Indian journal of veterinary science and animal husbandry - Volume 1,
Year: 1931
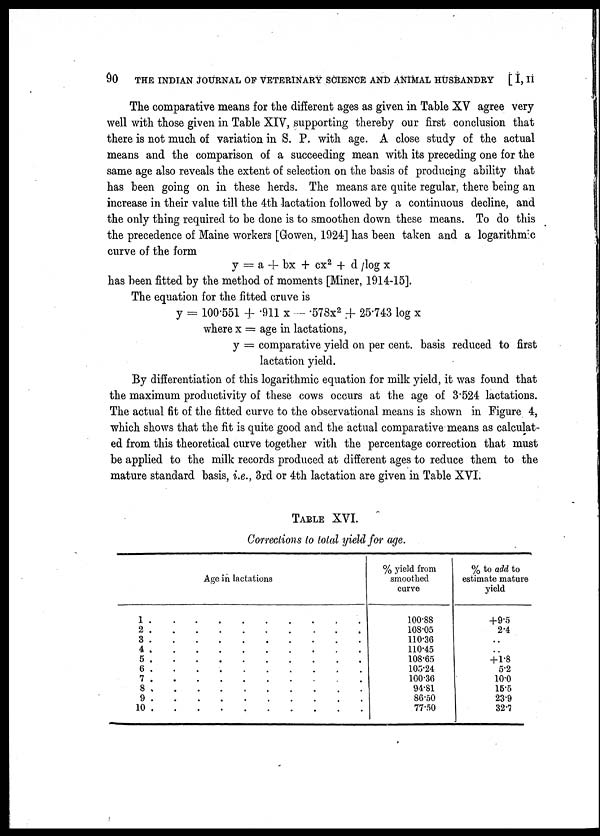
90
THE INDIAN JOURNAL OF VETERINARY SCIENCE AND ANIMAL HUSBANDRY
[ I, II
The comparative means for the different ages as given in Table XV agree very
well with those given in Table XIV, supporting thereby our first conclusion that
there is not much of variation in S. P. with age. A close study of the actual
means and the comparison of a succeeding mean with its preceding one for the
same age also reveals the extent of selection on the basis of producing ability that
has been going on in these herds. The means are quite regular, there being an
increase in their value till the 4th lactation followed by a continuous decline, and
the only thing required to be done is to smoothen down these means. To do this
the precedence of Maine workers [Gowen, 1924] has been taken and a logarithmic
curve of the form
y = a + bx + cx 2 + d / log x
has been fitted by the method of moments [Miner, 1914-15].
The equation for the fitted cruve is
y = 100.551 + .911 x —.578x 2 + 25.743 log x
where x = age in lactations,
y = comparative yield on per cent. basis reduced to first
lactation yield.
By differentiation of this logarithmic equation for milk yield, it was found that
the maximum productivity of these cows occurs at the age of 3.524 lactations.
The actual fit of the fitted curve to the observational means is shown in Figure 4,
which shows that the fit is quite good and the actual comparative means as calculat-
ed from this theoretical curve together with the percentage correction that must
be applied to the milk records produced at different ages to reduce them to the
mature standard basis, i.e., 3rd or 4th lactation are given in Table XVI.
TABLE XVI.
Corrections to total yield for age.
1 .
2 .
3 .
4 .
5 .
6 .
7 .
8 .
9 .
10 .
Age in lactations
.
.
.
.
.
.
.
.
.
.
.
.
.
.
.
.
.
.
.
.
.
.
.
.
.
.
.
.
.
.
.
.
.
.
.
.
.
.
.
.
.
.
.
.
.
.
.
.
.
.
.
.
.
.
.
.
.
.
.
.
.
.
.
.
.
.
.
.
.
.
.
.
.
.
.
.
.
.
.
.
% yield from
smoothed
curve
100.88
108.05
110.36
110.45
108.65
105.24
100.36
94.81
86.50
77.50
% to add to
estimate mature
yield
+9.5
2.4
..
..
+ 1.8
5.2
10.0
15.5
23.9
32.7